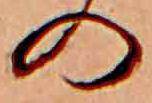
の